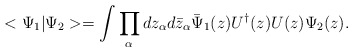
\begin{align*}<\Psi_1 |\Psi_2> = \int \prod_\alpha dz_\alpha d\bar z_\alpha \bar\Psi_1(z) U^\dagger (z) U(z) \Psi_2 (z).\end{align*}